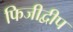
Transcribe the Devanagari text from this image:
फिजीद्वीप